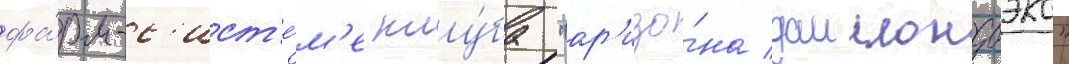
фа́рм-с'ист'е́м'е клу́ба "ар'изо́на даимондбэкс"